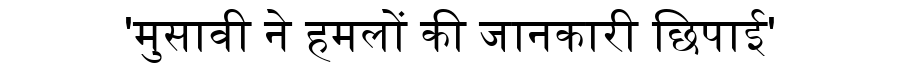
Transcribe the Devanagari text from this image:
'मुसावी ने हमलों की जानकारी छिपाई'